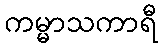
ကမ္မာသကာရီ